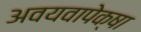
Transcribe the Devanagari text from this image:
अवयवापेक्षा